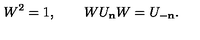
W ^ { 2 } = 1 , \qquad W U _ { \bf n } W = U _ { - \bf n } .